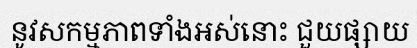
នូវសកម្មភាពទាំងអស់នោះ ជួយផ្សាយ